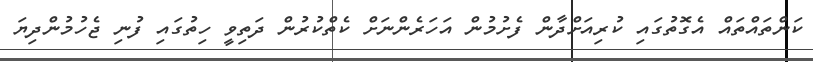
ކަންތައްތައް އެގޮތުގައި ކުރިއަށްދާން ފެށުމުން އަހަރެންނަށް ކެތްކުރުން ދަތިވީ ހިތުގައި ފުނި ޖެހުމުންދިޔަ